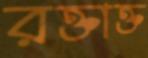
রক্তাক্ত